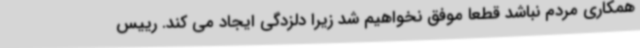
همکاری مردم نباشد قطعا موفق نخواهیم شد زیرا دلزدگی ایجاد می کند. رییس